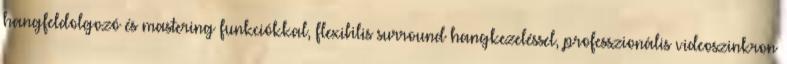
hangfeldolgozó és mastering funkciókkal, flexibilis surround hangkezeléssel, professzionális videoszinkron